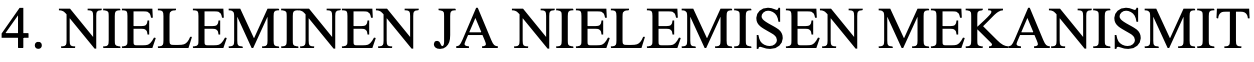
4. NIELEMINEN JA NIELEMISEN  MEKANISMIT